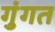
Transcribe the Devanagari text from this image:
गुंगत